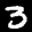
Label: 3